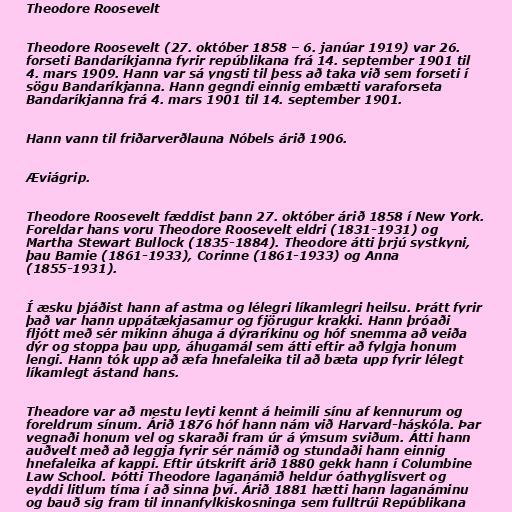
Theodore Roosevelt

Theodore Roosevelt (27. október 1858 – 6. janúar 1919) var 26.
forseti Bandaríkjanna fyrir repúblikana frá 14. september 1901 til
4. mars 1909. Hann var sá yngsti til þess að taka við sem forseti í
sögu Bandaríkjanna. Hann gegndi einnig embætti varaforseta
Bandaríkjanna frá 4. mars 1901 til 14. september 1901.

Hann vann til friðarverðlauna Nóbels árið 1906.

Æviágrip.

Theodore Roosevelt fæddist þann 27. október árið 1858 í New York.
Foreldar hans voru Theodore Roosevelt eldri (1831-1931) og
Martha Stewart Bullock (1835-1884). Theodore átti þrjú systkyni,
þau Bamie (1861-1933), Corinne (1861-1933) og Anna
(1855-1931).

Í æsku þjáðist hann af astma og lélegri líkamlegri heilsu. Þrátt fyrir
það var hann uppátækjasamur og fjörugur krakki. Hann þróaði
fljótt með sér mikinn áhuga á dýraríkinu og hóf snemma að veiða
dýr og stoppa þau upp, áhugamál sem átti eftir að fylgja honum
lengi. Hann tók upp að æfa hnefaleika til að bæta upp fyrir lélegt
líkamlegt ástand hans.

Theadore var að mestu leyti kennt á heimili sínu af kennurum og
foreldrum sínum. Árið 1876 hóf hann nám við Harvard-háskóla. Þar
vegnaði honum vel og skaraði fram úr á ýmsum sviðum. Átti hann
auðvelt með að leggja fyrir sér námið og stundaði hann einnig
hnefaleika af kappi. Eftir útskrift árið 1880 gekk hann í Columbine
Law School. Þótti Theodore laganámið heldur óathyglisvert og
eyddi litlum tíma í að sinna því. Árið 1881 hætti hann laganáminu
og bauð sig fram til innanfylkiskosninga sem fulltrúi Repúblikana